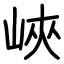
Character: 峽